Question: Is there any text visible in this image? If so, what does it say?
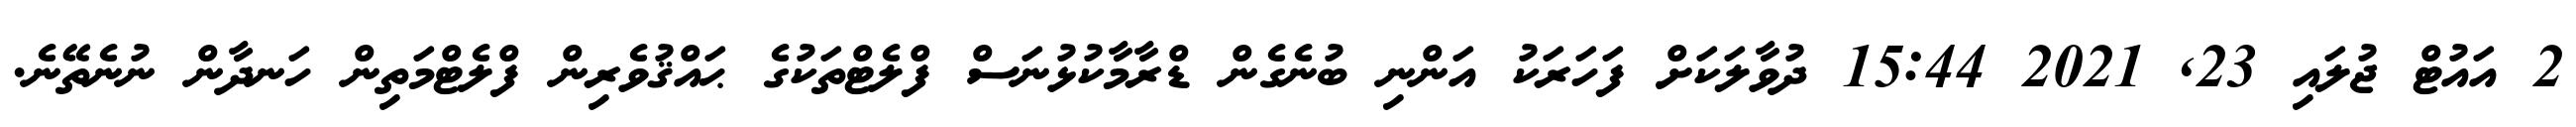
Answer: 2 އައުޓް ޖުލައި 23, 2021 15:44 ދުވާލަކަށް ފަހަރަކު އަންނި ބުނެގެން ޑްރާމާކުޅުނަސް ފްލެޓްތަކުގެ ޙައްޤުވެރިން ފްލެޓްމަތިން ހަނދާން ނުނެތޭނެ.